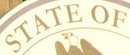
STATE OF